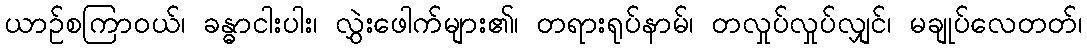
ယာဉ်စကြာဝယ်၊ ခန္ဓာငါးပါး၊ လွှဲးဖေါက်များ၏၊ တရားရုပ်နာမ်၊ တလှုပ်လှုပ်လျှင်၊ မချုပ်လေတတ်၊